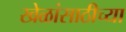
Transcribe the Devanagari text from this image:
खेळांसाठीच्या